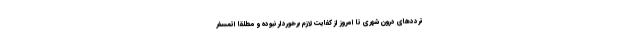
ترددهای درون شهری تا امروز از کفایت لازم برخوردار نبوده و مطلقا اتمسفر